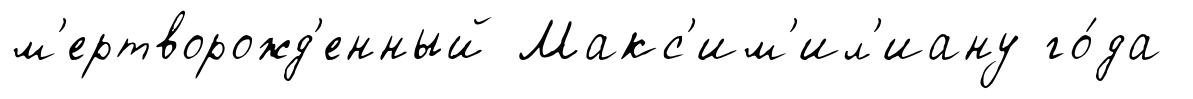
м'ертворожд'енный Макс'им'ил'иану го́да